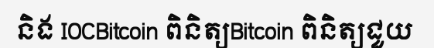
និង IOCBitcoin ពិនិត្យBitcoin ពិនិត្យជួយ